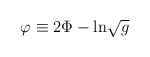
LaTeX: \begin{align*}\varphi \equiv 2\Phi - {\rm ln}\sqrt{g}\end{align*}